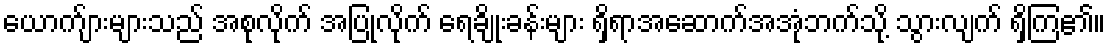
ယောက်ျားများသည် အစုလိုက် အပြုံလိုက် ရေချိုးခန်းများ ရှိရာအဆောက်အအုံဘက်သို့ သွားလျက် ရှိကြ၏။